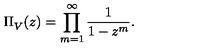
\Pi _ { V } ^ { } ( z ) = \prod _ { m = 1 } ^ { \infty } \frac { 1 } { 1 - z ^ { m } } .